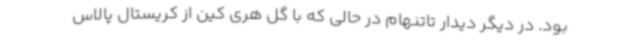
بود. در دیگر دیدار تاتنهام در حالی که با گل هری کین از کریستال پالاس